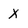
Character: X